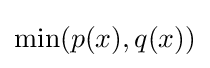
\min(p(x),q(x))